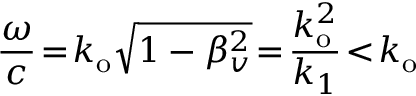
\frac { \omega } { c } \! = \! k _ { \mathrm { o } } \sqrt { 1 - \beta _ { v } ^ { 2 } } \! = \! \frac { k _ { \mathrm { o } } ^ { 2 } } { k _ { 1 } } \! < \! k _ { \mathrm { o } }